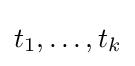
t_{1},\dots ,t_{k}